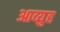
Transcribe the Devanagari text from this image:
आव्युह